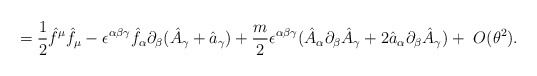
\begin{align*}=\frac{1}{2}\hat f^\mu \hat f_\mu -\epsilon ^{\alpha\beta\gamma}\hat f_\alpha\partial _\beta (\hat A_\gamma +\hat a_{\gamma})+\frac{m}{2}\epsilon^{\alpha\beta\gamma}(\hat A_{\alpha}\partial_{\beta}\hat A_{\gamma}+2\hat a_{\alpha}\partial_{\beta}\hat A_{\gamma})+~O(\theta^{2}).\end{align*}